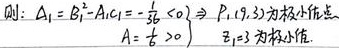
则：$A_{1}=B_{1}^{2}-A_{1}C_{1}=-\frac {1}{3}b^{2}<0 \Rightarrow P_{1}(1,3)$为极小值点
$A=\frac {1}{6}>0\}$  ，$f(1,3)$为极小值.